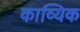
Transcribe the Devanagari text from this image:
काव्यिक